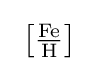
\ \left[{\tfrac {{\ce {Fe}}}{{\ce {H}}}}\right]\